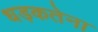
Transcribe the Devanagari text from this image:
धड़कतेना